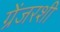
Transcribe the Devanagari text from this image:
ग्रेंजरशी